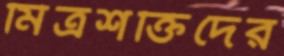
মিত্রশক্তিদের